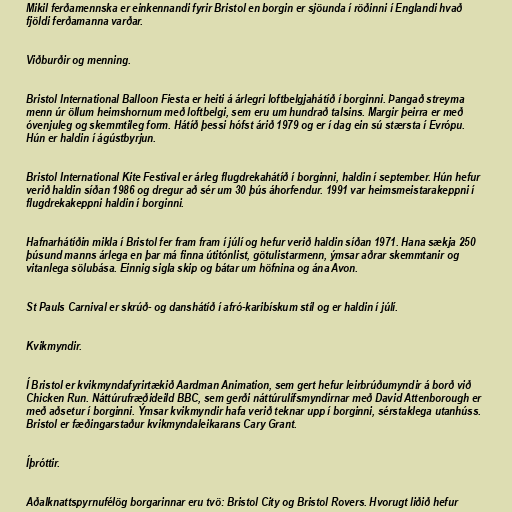
Mikil ferðamennska er einkennandi fyrir Bristol en borgin er sjöunda í röðinni í Englandi hvað
fjöldi ferðamanna varðar.

Viðburðir og menning.

Bristol International Balloon Fiesta er heiti á árlegri loftbelgjahátíð í borginni. Þangað streyma
menn úr öllum heimshornum með loftbelgi, sem eru um hundrað talsins. Margir þeirra er með
óvenjuleg og skemmtileg form. Hátíð þessi hófst árið 1979 og er í dag ein sú stærsta í Evrópu.
Hún er haldin í ágústbyrjun.

Bristol International Kite Festival er árleg flugdrekahátíð í borginni, haldin í september. Hún hefur
verið haldin síðan 1986 og dregur að sér um 30 þús áhorfendur. 1991 var heimsmeistarakeppni í
flugdrekakeppni haldin í borginni.

Hafnarhátíðin mikla í Bristol fer fram fram í júlí og hefur verið haldin síðan 1971. Hana sækja 250
þúsund manns árlega en þar má finna útitónlist, götulistarmenn, ýmsar aðrar skemmtanir og
vitanlega sölubása. Einnig sigla skip og bátar um höfnina og ána Avon.

St Pauls Carnival er skrúð- og danshátíð í afró-karibískum stíl og er haldin í júlí.

Kvikmyndir.

Í Bristol er kvikmyndafyrirtækið Aardman Animation, sem gert hefur leirbrúðumyndir á borð við
Chicken Run. Náttúrufræðideild BBC, sem gerði náttúrulífsmyndirnar með David Attenborough er
með aðsetur í borginni. Ýmsar kvikmyndir hafa verið teknar upp í borginni, sérstaklega utanhúss.
Bristol er fæðingarstaður kvikmyndaleikarans Cary Grant.

Íþróttir.

Aðalknattspyrnufélög borgarinnar eru tvö: Bristol City og Bristol Rovers. Hvorugt liðið hefur